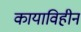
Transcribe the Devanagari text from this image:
कायाविहीन